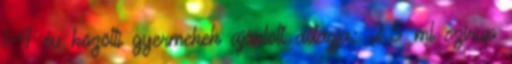
1-4 év közötti gyermekek ajánlott adagja: 2,5 ml szirup